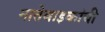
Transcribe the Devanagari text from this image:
नातेवाइकांची